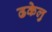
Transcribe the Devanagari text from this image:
ढकेलु